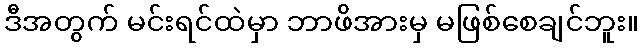
ဒီအတွက် မင်းရင်ထဲမှာ ဘာဖိအားမှ မဖြစ်စေချင်ဘူး။